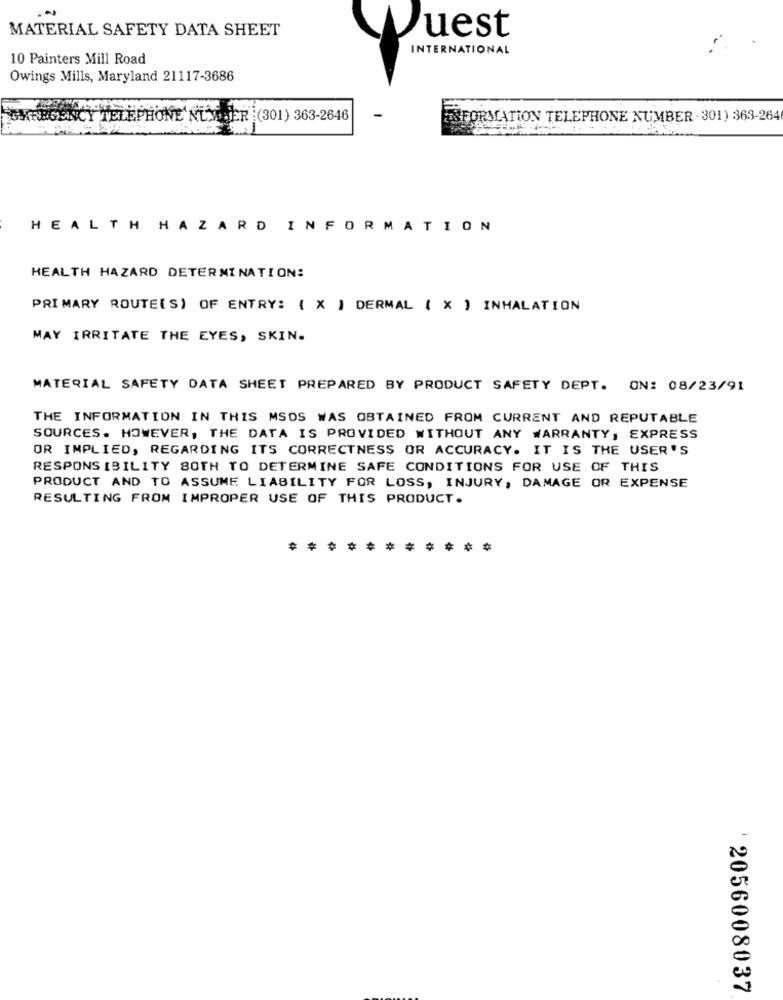
MATERIAL SAFETY DATA SHEET
Quest
INTERNATIONAL
10 Painters Mill Road
Owings Mills, Maryland 21117-3686
GMERGENCY TELEPHONE NU .ER (301) 363-2646
ENFORMATION TELEPHONE NUMBER . 301) 363-264
HEALTH HAZARD INFORMATION
HEALTH HAZARD DETERMINATION:
PRIMARY ROUTE(S) OF ENTRY: { X } DERMAL ( X ) INHALATION
MAY IRRITATE THE EYES, SKIN.
MATERIAL SAFETY DATA SHEET PREPARED BY PRODUCT SAFETY DEPT. ON: 08/23/91
THE INFORMATION IN THIS MSDS WAS OBTAINED FROM CURRENT AND REPUTABLE
SOURCES. HOWEVER, THE DATA IS PROVIDED WITHOUT ANY WARRANTY, EXPRESS
OR IMPLIED, REGARDING ITS CORRECTNESS OR ACCURACY. IT IS THE USER'S
RESPONSIBILITY BOTH TO DETERMINE SAFE CONDITIONS FOR USE OF THIS
PRODUCT AND TO ASSUME LIABILITY FOR LOSS, INJURY, DAMAGE OR EXPENSE
RESULTING FROM IMPROPER USE OF THIS PRODUCT.
***** * ***
2056008037